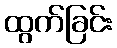
ထွက်ခြင်း